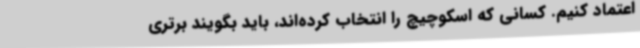
اعتماد کنیم. کسانی که اسکوچیچ را انتخاب کرده‌اند، باید بگویند برتری